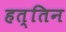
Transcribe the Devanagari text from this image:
हत्तिन